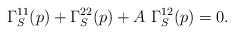
LaTeX: \begin{align*}\Gamma_S^{11}(p)+\Gamma_S^{22}(p)+A \ \Gamma_S^{12}(p)=0.\end{align*}